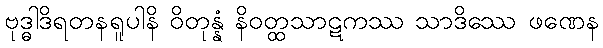
ဗုဒ္ဓါဒိရတနရူပါနိ ဝိတုန္နံ နိဝတ္ထသာဋကဿ သာဒိဿေ ဖဏေန